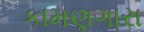
કામણગારા